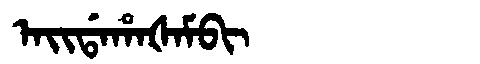
Manchu: ᠠᡳᡩᠠᡥᠠᡧᠠᠮᠪᡳ
Romanization: AIDAHAŠAMBI